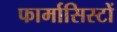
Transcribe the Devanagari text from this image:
फार्मासिस्टों